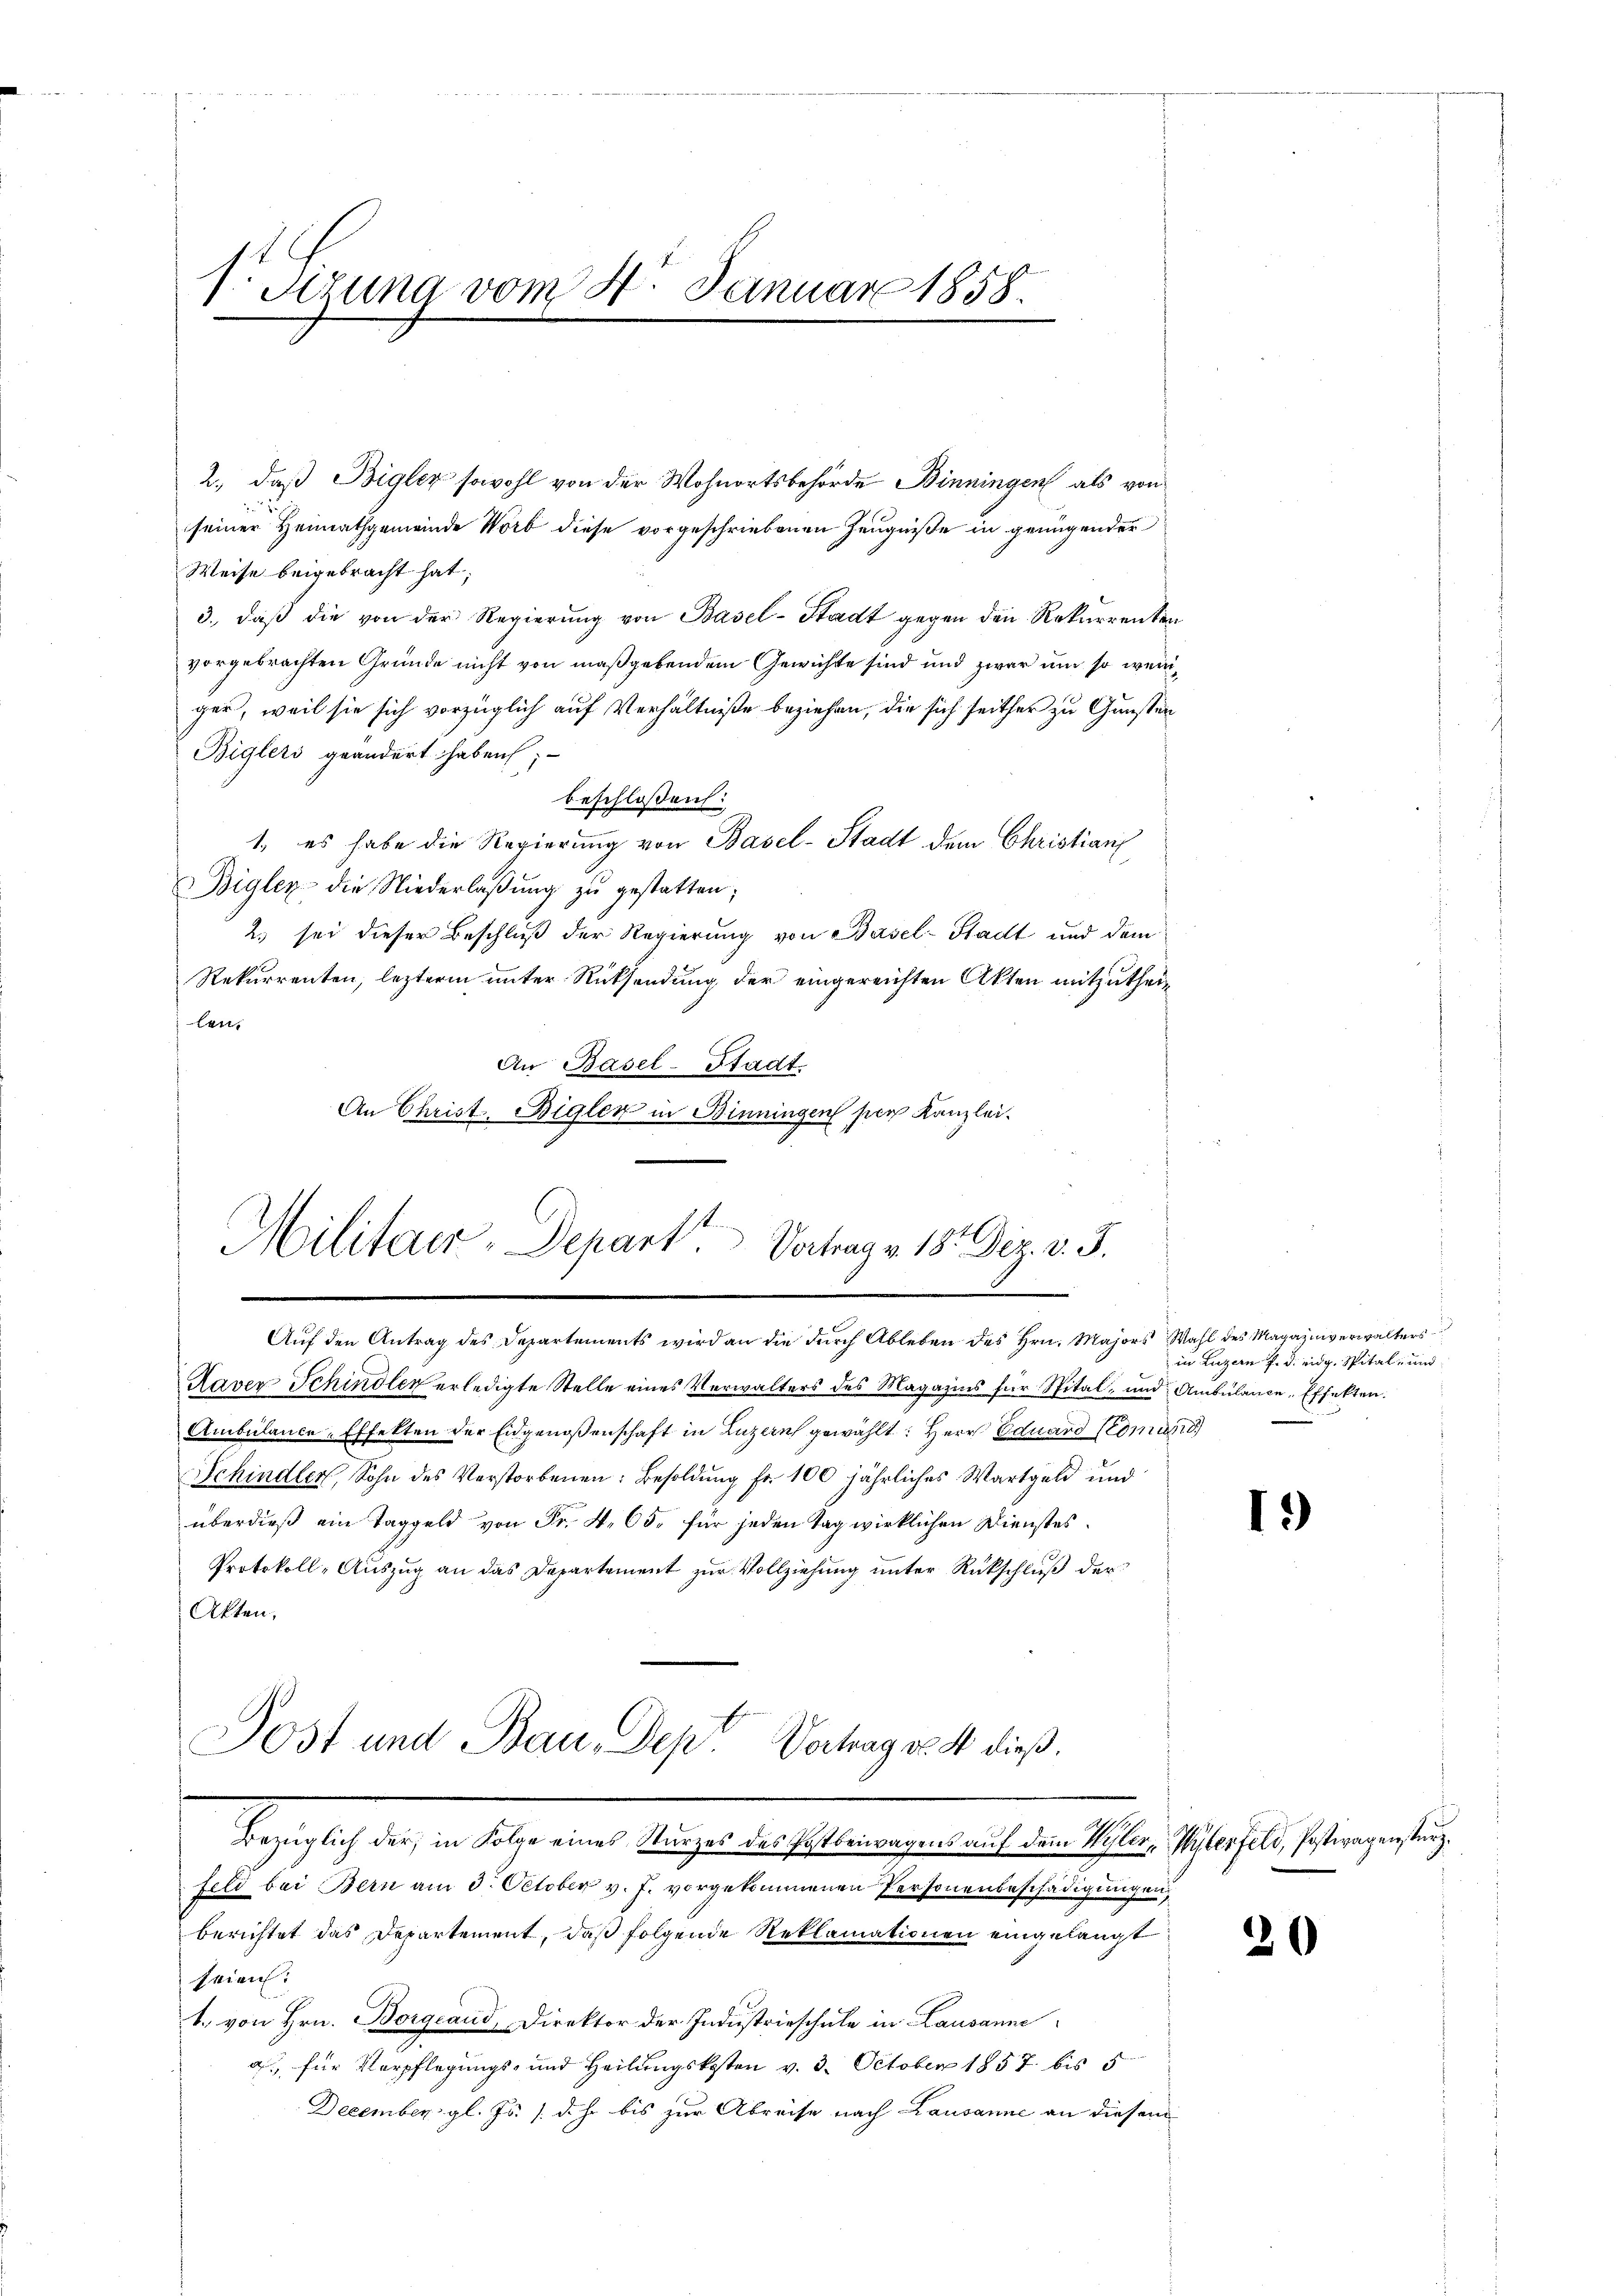
Setzung vom 4. Januar 1858.

2., daß Bigler sowohl von der Wohnortsbehörde Binningen als von
seiner Heimathgemeinde Worb diese vorgeschriebenen Zeugniße in genügender
Weise beigebracht hat;
3., daß die von der Regierung von Basel-Stadt gegen den Rekurrenten
vorgebrachten Gründe nicht von maßgebendem Gewichte sind und zwar um so weniger, weil sie sich vorzüglich auf Verhältniße beziehen, die sich seither zu Gunsten
Biglers geändert haben;
beschlossen:
1., es habe die Regierung von Basel-Stadt dem Christian
Bigler die Niederlaβŭng zŭ gestatten;
2. sei dieser Beschluß der Regierung von Basel-Stadt und dem
Rekurrenten, lezterm unter Rücksendung der eingereichten Akten mitzutheilen.
An Basel-Stadt
An Christ Bigler in Binningen per Kanzlei.
Militaer-Depart Vortrag v. 18. Dez. v. 5.

Auf den Antrag des Departements wird an die durch Ableben des Hrn. Majors Wahl des Magazinverwalters
Raver Schindler erledigte Stelle eines Verwalters des Magazins für Spital- und Ambülance-Effekten.
Ambulance-Effekten der Eidgenoßenschaft in Luzern gewählt: Herr Eduard Nomi
Schindler, Sohn des Verstorbenen: Besoldung fr. 100 jährliches Wartgeld und
überdieß ein Taggeld von Fr. 4. 65, für jeden Tag wirklichen Dienstes¬
Protokoll-Auszug an das Departement zur Vollziehung unter Rückschluß der
Akten.

Post und Bau, Dept Vertrag d. 4 dieß¬

behelich den ist eine beigerecht eine er sei es sei es aus eine ein

Feld bei Bern am 3. October v. J. vorgekommenen Personenbeschädigungen
berichtet das Departement, daß folgende Reklamationen eingelangt
seien.
1. von Hrn. Borgeaud, Direktor der Industrieschule in Lausanne
a, für Verpflegungs- und Heilungskosten v. 3. October 1857 bis 5
December gl. Js. (d. h. bis zur Abreise nach Lausanne an diesem

in Luzern f. d. eidg. Spital- und

1.)

20